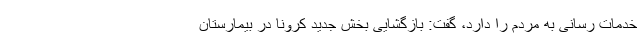
خدمات رسانی به مردم را دارد، گفت: بازگشایی بخش جدید کرونا در بیمارستان